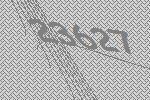
23627